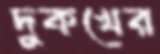
দুকখের